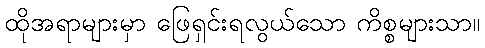
ထိုအရာများမှာ ဖြေရှင်းရလွယ်သော ကိစ္စများသာ။